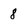
Character: 8